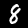
Digit: 8